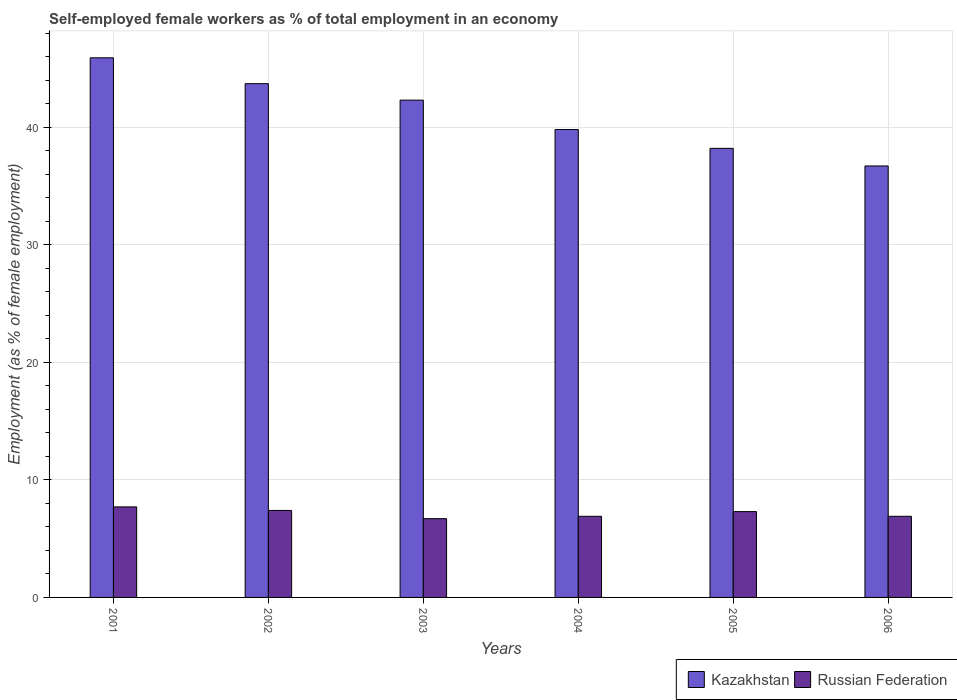
| Years | Kazakhstan | Russian Federation |
 | --- | --- | --- |
 | 2001 | 45.9 | 7.7 |
 | 2002 | 43.7 | 7.4 |
 | 2003 | 42.3 | 6.7 |
 | 2004 | 39.8 | 6.9 |
 | 2005 | 38.2 | 7.3 |
 | 2006 | 36.7 | 6.9 |